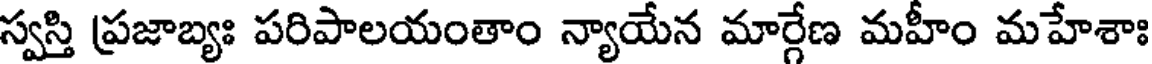
స్వస్తి ప్రజాబ్యః పరిపాలయంతాం న్యాయేన మార్గేణ మహీం మహేశాః